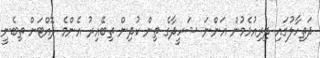
ދަތިހާލުގައި ދިރިއުޅެމުން އަންނަ ޝަހީދާގެ ތިން ކުދިން ތިބޭއިރު އެންމެ ދޮއްޓަށް ތިބެނީ